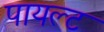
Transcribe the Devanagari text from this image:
पायल्ट